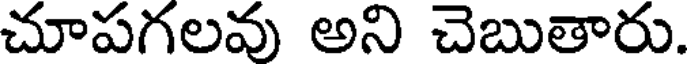
చూపగలవు అని చెబుతారు.